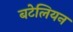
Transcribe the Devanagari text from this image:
बटेलियन